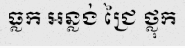
ធ្លក អន្លង់ ជ្រៃ ថ្លុក